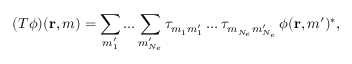
( T \phi ) ( { \mathbf { r } } , m ) = \sum _ { m _ { 1 } ^ { \prime } } \ldots \sum _ { m _ { N _ { e } } ^ { \prime } } \tau _ { m _ { 1 } m _ { 1 } ^ { \prime } } \ldots \tau _ { m _ { N _ { e } } m _ { N _ { e } } ^ { \prime } } \, \phi ( { \mathbf { r } } , m ^ { \prime } ) ^ { * } ,